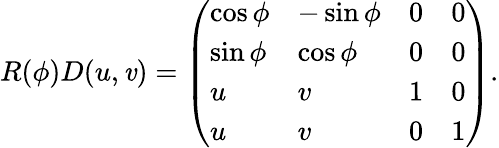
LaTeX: R(\phi)D(u,\mathit{v})=\left(\begin{array}{llll}{{\cos\phi}}&{{-\sin\phi}}&{{0}}&{{0}}\\ {{\sin\phi}}&{{\cos\phi}}&{{0}}&{{0}}\\ {{u}}&{{v}}&{{1}}&{{0}}\\ {{u}}&{{v}}&{{0}}&{{1}}\end{array}\right).